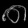
Digit: ၈